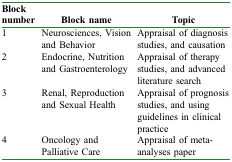
<table><thead><tr><td><b>Block number</b></td><td><b>Block name</b></td><td><b>Topic</b></td></tr></thead><tbody><tr><td>1</td><td>Neurosciences, Vision and Behavior</td><td>Appraisal of diagnosis studies, and causation</td></tr><tr><td>2</td><td>Endocrine, Nutrition and Gastroenterology</td><td>Appraisal of therapy studies, and advanced literature search</td></tr><tr><td>3</td><td>Renal, Reproduction and Sexual Health</td><td>Appraisal of prognosis studies, and using guidelines in clinical practice</td></tr><tr><td>4</td><td>Oncology and Palliative Care</td><td>Appraisal of meta-analyses paper</td></tr></tbody></table>